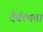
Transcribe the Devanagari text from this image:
दैर्बल्यता